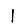
Digit: 1